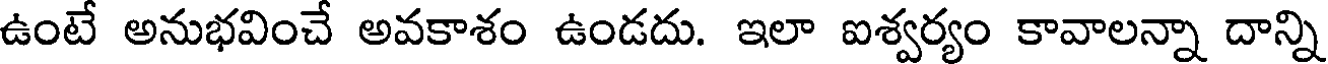
ఉంటే అనుభవించే అవకాశం ఉండదు. ఇలా ఐశ్వర్యం కావాలన్నా దాన్ని